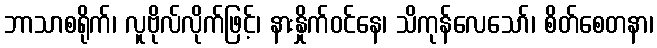
ဘာသာစရိုက်၊ လူဗိုလ်လိုက်ဖြင့်၊ နားနှိုက်ဝင်နေ၊ သိကုန်လေသော်၊ စိတ်စေတနာ၊